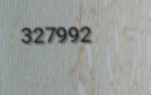
327992